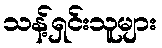
သန့်ရှင်းသူများ